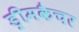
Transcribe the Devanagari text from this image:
ड्रीमकैचर